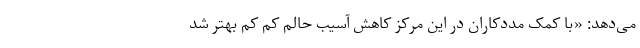
می‌دهد: «با کمک مددکاران در این مرکز کاهش آسیب حالم کم کم بهتر شد